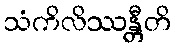
သံကိလိဿန္တီတိ